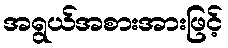
အရွယ်အစားအားဖြင့်